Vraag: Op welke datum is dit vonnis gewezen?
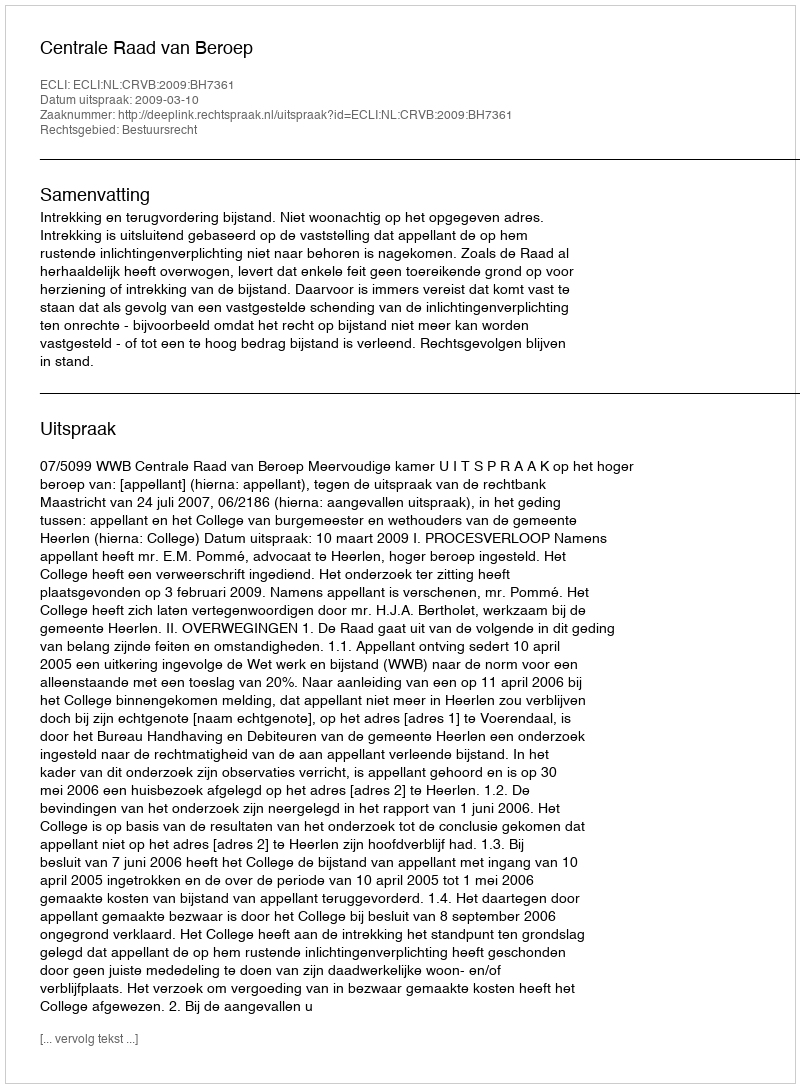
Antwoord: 2009-03-10